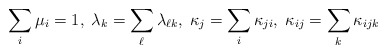
\begin{align*} \sum_i \mu_i=1,\; \lambda_k=\sum_\ell \lambda_{\ell k},\; \kappa_j=\sum_i \kappa_{ji},\; \kappa_{ij}=\sum_k \kappa_{ijk}\end{align*}